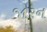
જારન